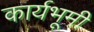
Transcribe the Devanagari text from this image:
कार्यभूमी